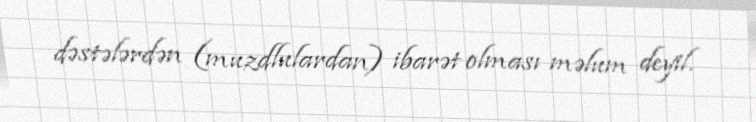
dəstələrdən (muzdlulardan) ibarət olması məlum deyil.